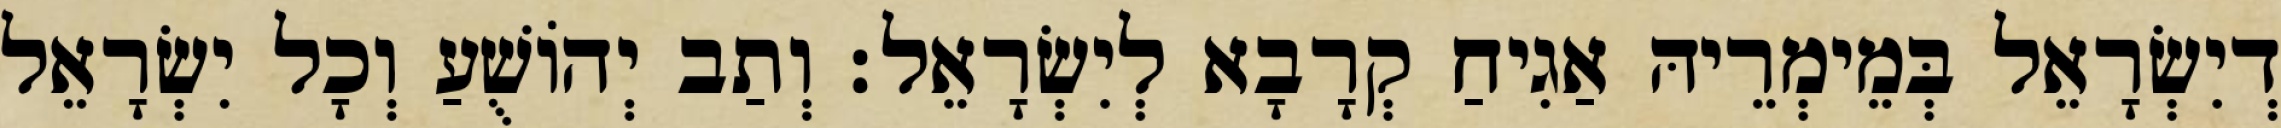
דְיִשְׂרָאֵל בְּמֵימְרֵיהּ אַגִיחַ קְרָבָא לְיִשְׂרָאֵל׃ וְתַב יְהוֹשֻׁעַ וְכָל יִשְׂרָאֵל